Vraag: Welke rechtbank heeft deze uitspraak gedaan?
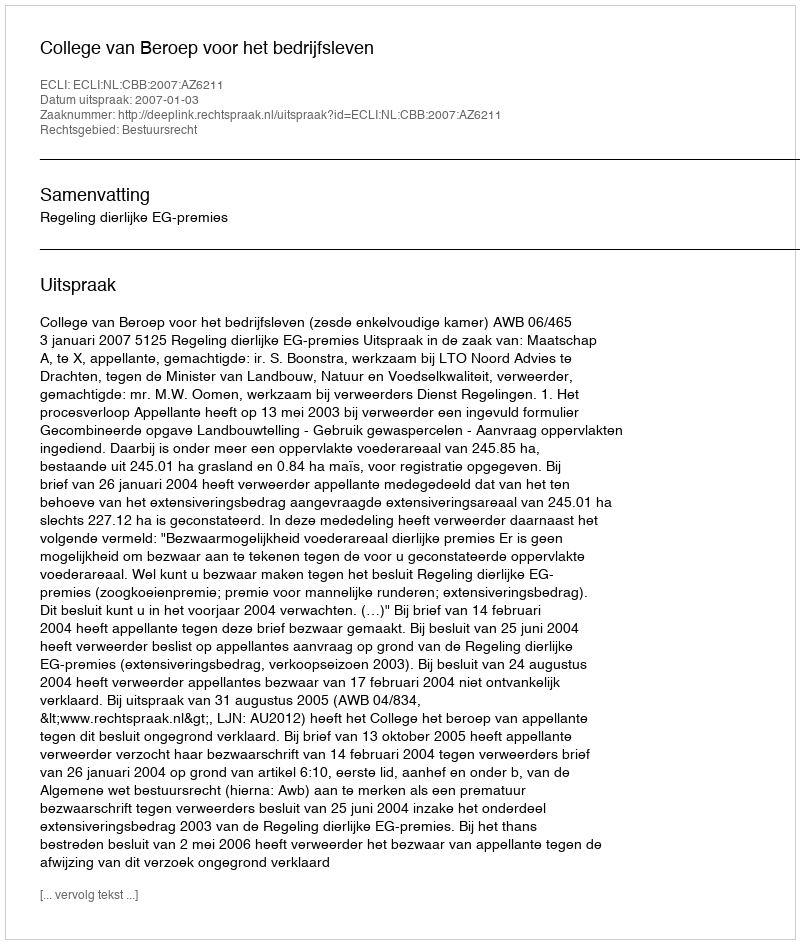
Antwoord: College van Beroep voor het bedrijfsleven